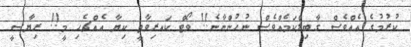
ކުރުމުގެ އެއްވެސް ގާބިލްކަމެއްވެސް ނުހުންނާނެ!! ވޯޓް ކައރިވާތީ ކިޔާ އެއްޗެހި މީ!! ރިޔާސީ